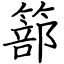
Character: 篰